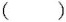
( )